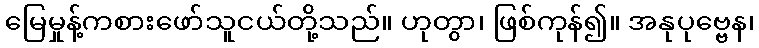
မြေမှုန့်ကစားဖော်သူငယ်တို့သည်။ ဟုတွာ၊ ဖြစ်ကုန်၍။ အနုပုဗ္ဗေန၊